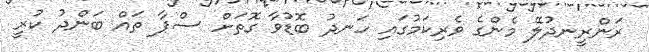
ރަންރީނދުލޭ މެންގެ ވެރިކަމުގައި ހަނދު ބޮޑުވާ ގޮތަށް ސްޕާ ތައް ބަންދު ކުރީ